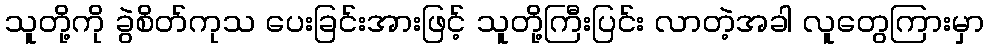
သူတို့ကို ခွဲစိတ်ကုသ ပေးခြင်းအားဖြင့် သူတို့ကြီးပြင်း လာတဲ့အခါ လူတွေကြားမှာ